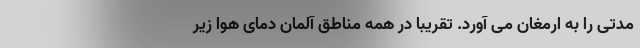
مدتی را به ارمغان می آورد. تقریباً در همه مناطق آلمان دمای هوا زیر